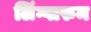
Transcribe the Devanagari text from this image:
लिंग्वारुम